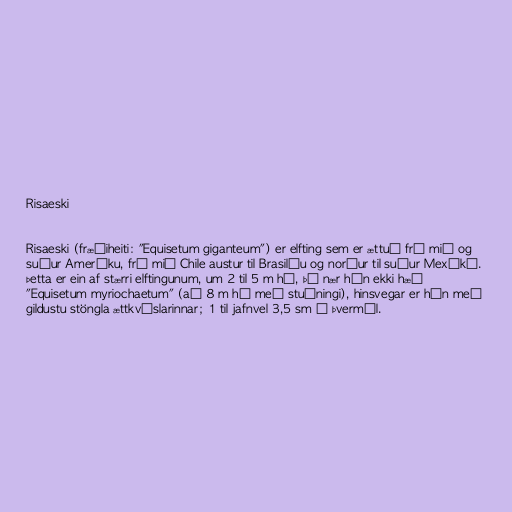
Risaeski

Risaeski (fræðiheiti: "Equisetum giganteum") er elfting sem er ættuð frá mið og
suður Ameríku, frá mið Chile austur til Brasilíu og norður til suður Mexíkó.
Þetta er ein af stærri elftingunum, um 2 til 5 m há, þó nær hún ekki hæð
"Equisetum myriochaetum" (að 8 m há með stuðningi), hinsvegar er hún með
gildustu stöngla ættkvíslarinnar; 1 til jafnvel 3,5 sm í þvermál.